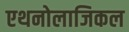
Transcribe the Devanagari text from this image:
एथनोलाजिकल